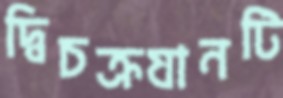
দ্বিচক্রযানটি